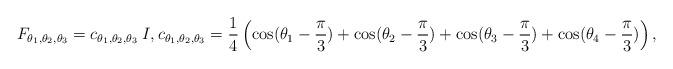
LaTeX: \begin{align*}F_{\theta_1, \theta_2, \theta_3} &= c_{\theta_1, \theta_2, \theta_3} \: I ,c_{\theta_1, \theta_2, \theta_3} = \frac{1}{4}\left(\cos(\theta_1-\frac{\pi}{3}) + \cos(\theta_2-\frac{\pi}{3}) + \cos(\theta_3-\frac{\pi}{3}) + \cos(\theta_4-\frac{\pi}{3})\right), \end{align*}